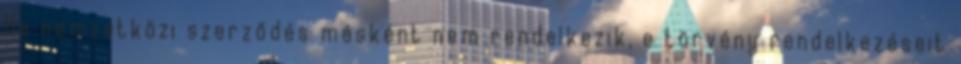
Ha nemzetközi szerződés másként nem rendelkezik, e törvény rendelkezéseit